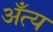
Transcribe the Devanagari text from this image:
अँत्य